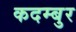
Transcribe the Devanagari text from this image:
कदम्बुर